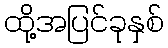
ထို့အပြင်ခုနှစ်